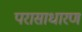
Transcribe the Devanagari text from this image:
परासाधारण